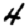
Digit: 4